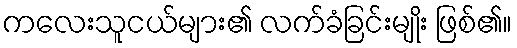
ကလေးသူငယ်များ၏ လက်ခံခြင်းမျိုး ဖြစ်၏။